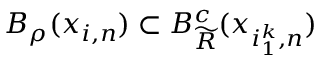
B _ { \rho } ( x _ { i , n } ) \subset B _ { \widetilde R } ^ { c } ( x _ { i _ { 1 } ^ { k } , n } )